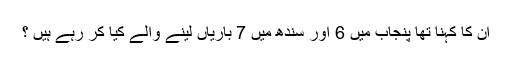
ان کا کہنا تھا پنجاب میں 6 اور سندھ میں 7 باریاں لینے والے کیا کر رہے ہیں ؟